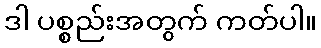
ဒါ ပစ္စည်းအတွက် ကတ်ပါ။